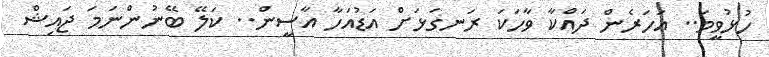
ހުޅުވީމަ.. އަހަރެން ދައްކާ ވާހަކަ ރަނގަޅަށް އަޑުއަހާ އާސީން.. ކަލޭ ބޭނުންނަމަ ޖައިޝް